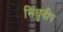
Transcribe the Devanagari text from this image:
सिंधुदीप